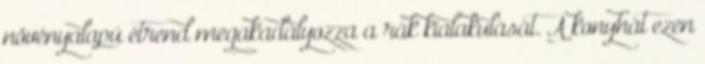
növényalapú étrend megakadályozza a rák kialakulását. A konyhát ezen